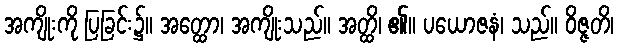
အကျိုးကို ပြခြင်း၌။ အတ္ထော၊ အကျိုးသည်။ အတ္ထိ၊ ၏။ ပယောဇနံ၊ သည်။ ဝိဇ္ဇတိ၊